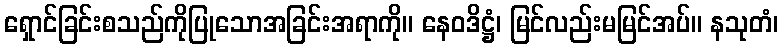
ရှောင်ခြင်းစသည်ကိုပြုသောအခြင်းအရာကို။ နေဝဒိဋ္ဌံ၊ မြင်လည်းမမြင်အပ်။ နသုတံ၊